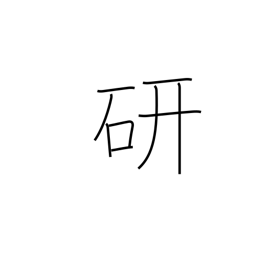
Meaning: study of